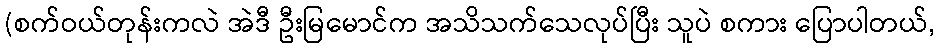
(စက်ဝယ်တုန်းကလဲ အဲဒီ ဦးမြမောင်က အသိသက်သေလုပ်ပြီး သူပဲ စကား ပြောပါတယ်,